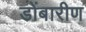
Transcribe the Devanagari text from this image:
डोंबारीण